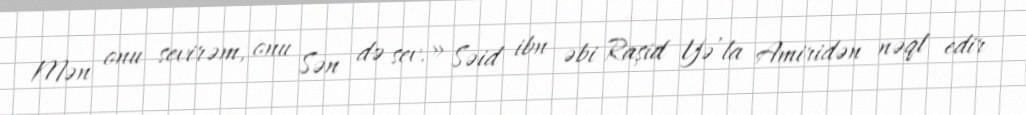
Mən onu sevirəm, onu Sən də sev.» Səid ibn əbi Raşid Yə’la Amiridən nəql edir